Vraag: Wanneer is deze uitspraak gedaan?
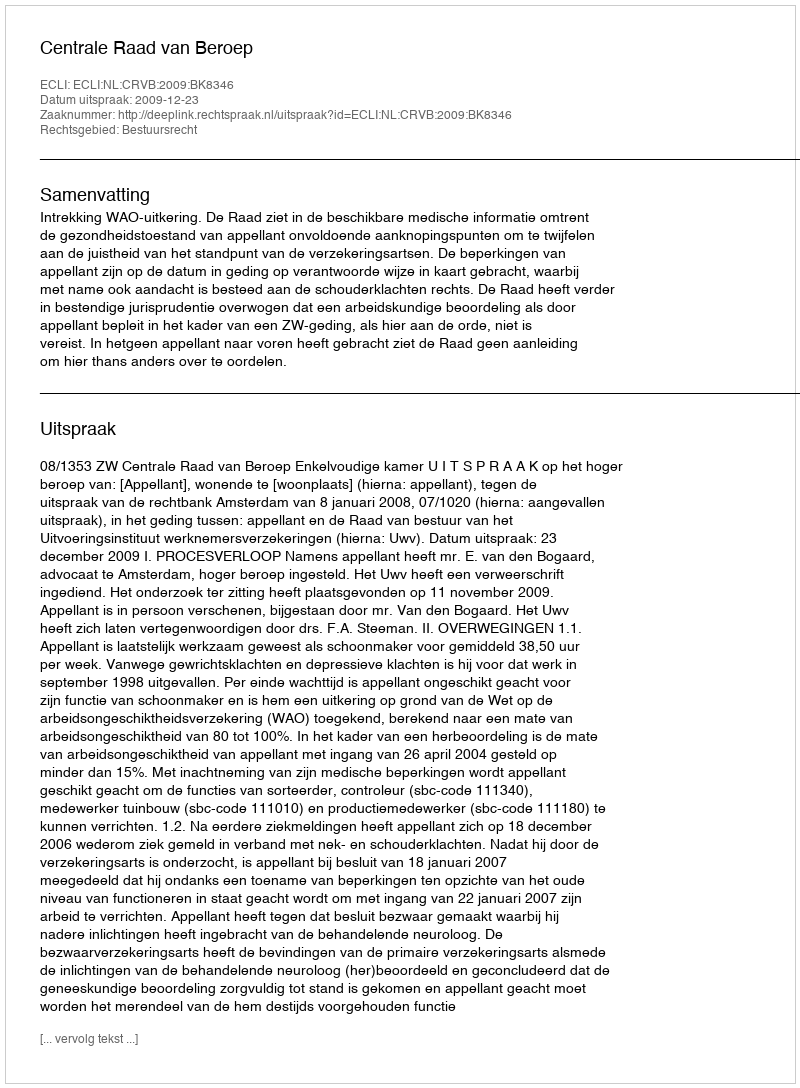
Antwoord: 2009-12-23